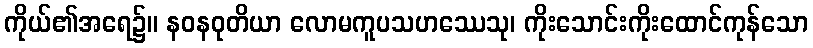
ကိုယ်၏အရေ၌။ နဝနဝုတိယာ လောမကူပသဟဿေသု၊ ကိုးသောင်းကိုးထောင်ကုန်သော